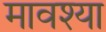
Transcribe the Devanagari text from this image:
मावश्या